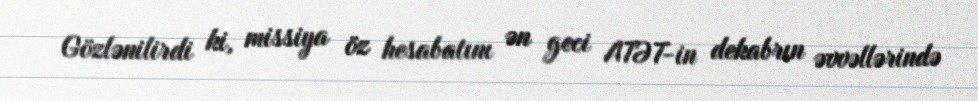
Gözlənilirdi ki, missiya öz hesabatını ən geci ATƏT-in dekabrın əvvəllərində